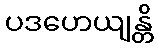
ပဒဟေယျန္တိ